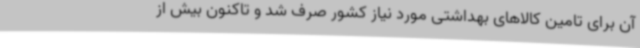
آن برای تامین کالاهای بهداشتی مورد نیاز کشور صرف شد و تاکنون بیش از